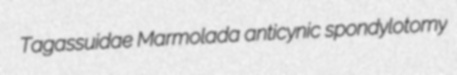
Tagassuidae Marmolada anticynic spondylotomy